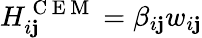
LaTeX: H_{i\mathbf{j}}^{\mathrm{{~C~E~M~}}}=\beta_{i\mathbf{j}}w_{i\mathbf{j}}